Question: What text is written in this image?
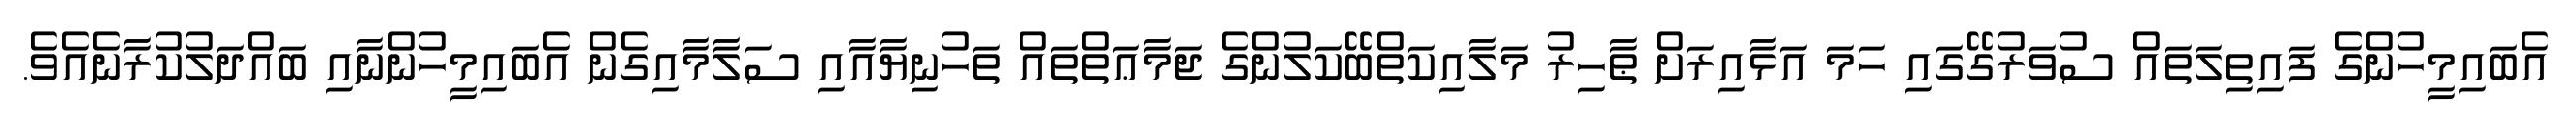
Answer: އެބައިމީހުންގެ ފައިތިލަތައް ސުވަރުގޭގައި ހަމަ އަޅާއިރަށް ޠާހިރު މަލާއިކަތްބޭކަލުންގެ ޖަމާޢަތްތައް ތަހުނިޔާއާއި ސަލާމާއިގެން އެބައިމީހުންނާއި ބައްދަލުކުރާނެއެވެ.